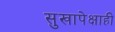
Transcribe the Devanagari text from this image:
सुखापेक्षाही